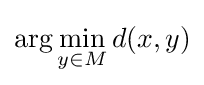
\arg \min _{y\in M}d(x,y)